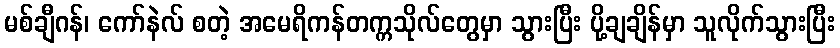
မစ်ချီဂန်၊ ကော်နဲလ် စတဲ့ အမေရိကန်တက္ကသိုလ်တွေမှာ သွားပြီး ပို့ချချိန်မှာ သူလိုက်သွားပြီး